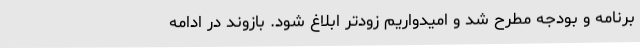
برنامه و بودجه مطرح شد و امیدواریم زودتر ابلاغ شود. بازوند در ادامه